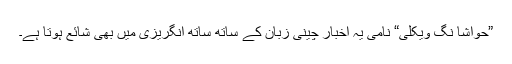
”حواشا نگ ویکلی“ نامی یہ اخبار چینی زبان کے ساتھ ساتھ انگریزی میں بھی شائع ہوتا ہے۔